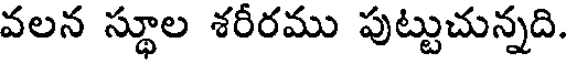
వలన స్థూల శరీరము పుట్టుచున్నది.